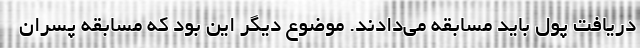
دریافت پول باید مسابقه می‌دادند. موضوع دیگر این بود که مسابقه پسران